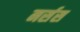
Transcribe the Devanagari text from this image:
नर्सस